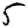
Digit: 5